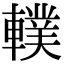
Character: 轐